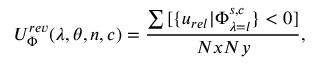
U _ { \Phi } ^ { r e v } ( \lambda , \theta , n , c ) = \frac { \sum { } { } [ \{ u _ { r e l } \vert \Phi _ { \lambda = l } ^ { s , c } \} < 0 ] } { N x N y } ,